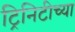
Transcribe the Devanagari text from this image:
ट्रिनिटीच्या